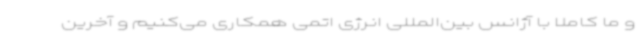
و ما کاملا با آژانس بین‌المللی انرژی اتمی همکاری می‌کنیم و آخرین